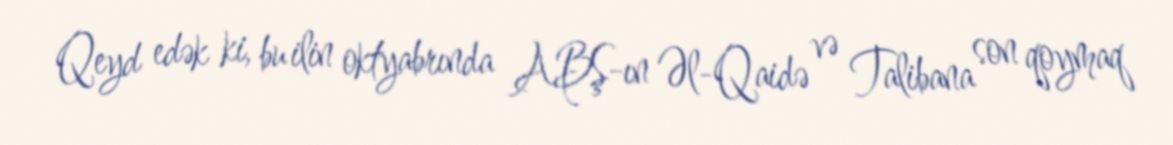
Qeyd edək ki, bu ilin oktyabrında ABŞ-ın Əl-Qaidə və Talibana son qoymaq